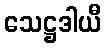
သေဋ္ဌဒါယီ